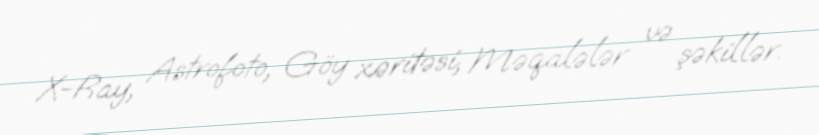
X-Ray, Astrofoto, Göy xəritəsi, Məqalələr və şəkillər.